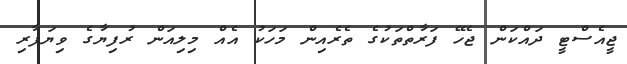
ޖީއެސްޓީ ދައްކަން ޖެހޭ ފަރާތްތަކުގެ ތެރެއިން މަހަކު އެއް މިލިއަން ރުފިޔާގެ ވިޔަފާރި